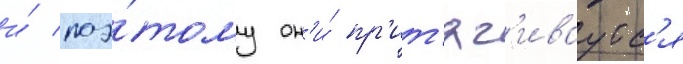
и́ поэ́тому он'и́ пр'ит'яг'иваутс'я